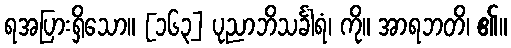
ရအပြားရှိသော။ [၁၆၃] ပုညာဘိသင်္ခါရံ၊ ကို။ အာရဘတိ၊ ၏။